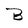
Character: B